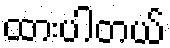
ထားပါတယ်